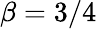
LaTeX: \beta=3/4